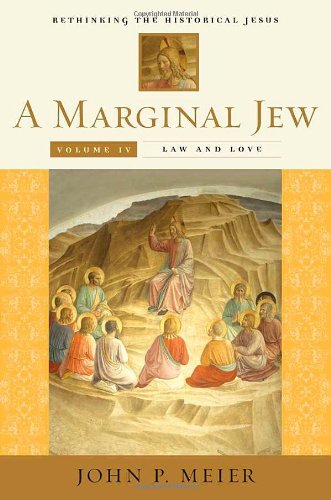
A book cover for A Marginal Jew: Rethinking the Historical Jesus, Volume IV: Law and Love (The Anchor Yale Bible Reference Library) (v. 4); John P. Meier; Religion & Spirituality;